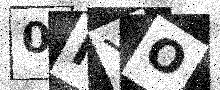
Text: 0NYO